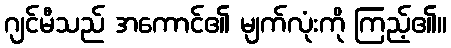
ဂျင်မီသည် အကောင်၏ မျက်လုံးကို ကြည့်၏။